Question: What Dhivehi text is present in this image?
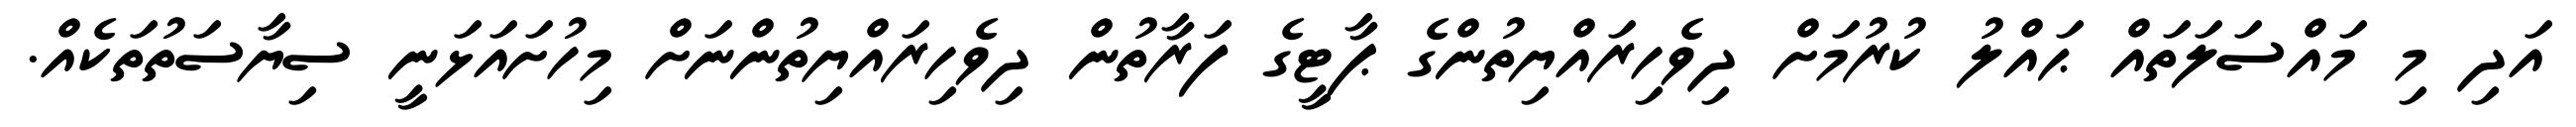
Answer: އަދި މި މައްސަލަތައް ޙައްލު ކުރުމަށް ދިވެހިރައްޔިތުންގެ ޕާޓީގެ ފަރާތުން ދިވެހިރައްޔިތުންނަށް މިހުށައަޅަނީ ސިޔާސަތުތަކެއް.